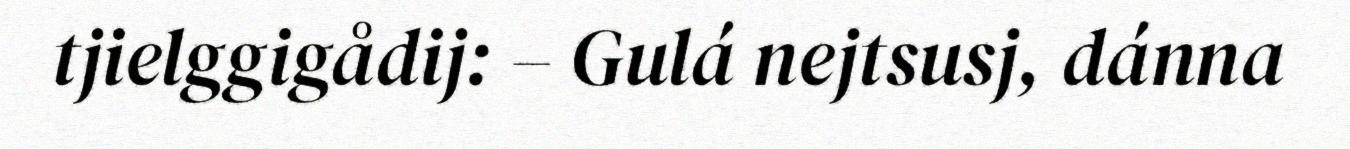
tjielggigådij: – Gulá nejtsusj, dánna